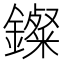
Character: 𨮏